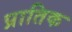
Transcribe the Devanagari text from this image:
प्रातिक